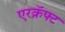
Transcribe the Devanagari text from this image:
एरक्रॅफ्ट